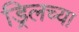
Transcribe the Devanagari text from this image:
ड्रिलच्या